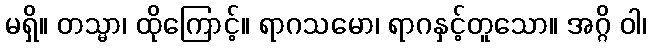
မရှိ။ တသ္မာ၊ ထိုကြောင့်။ ရာဂသမော၊ ရာဂနှင့်တူသော။ အဂ္ဂိ ဝါ၊